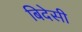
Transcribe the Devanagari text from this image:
बिदेसी